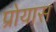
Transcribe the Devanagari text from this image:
प्रोयास